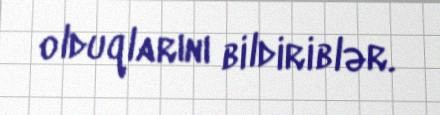
olduqlarını bildiriblər.